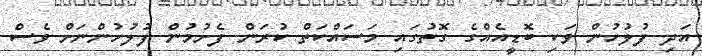
އަދި ފުލުހުން ވަކި ބޮޑީއެއްގެ ގޮތުގައި މަސައްކަތް ކުރަން ފެށުމުން ފުލުހުންނަށް ވެސް